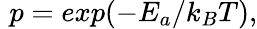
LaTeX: \, \, p=exp(-E_{a}/k_{B}T),